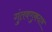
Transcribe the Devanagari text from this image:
गुंतवणुकदार